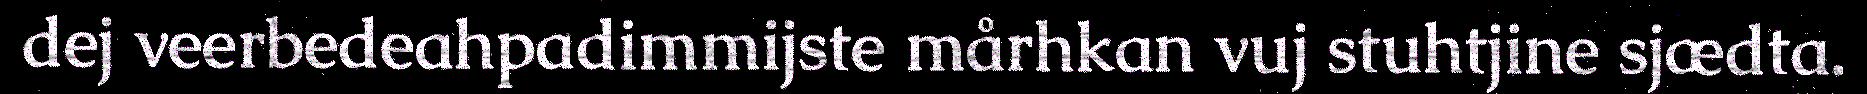
dej veerbedeahpadimmijste mårhkan vuj stuhtjine sjædta.